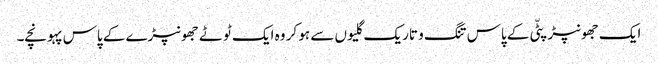
ایک جھونپڑپٹّی کے پاس تنگ و تاریک گلیوں سے ہو کر وہ ایک ٹوٹے جھونپڑے کے پاس پہونچے۔